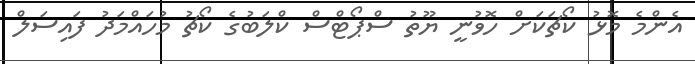
އެންމެ މޮޅު ކޯޗަކަށް ހޮވުނީ ޔޫތު ސްޕޯޓްސް ކްލަބުގެ ކޯޗު މުހައްމަދު ފައިސަލް